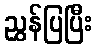
ညွှန်ပြပြီး